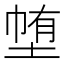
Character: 𭎽